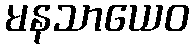
မနသာယေဝ